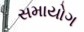
સમાયોગ